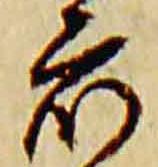
衆